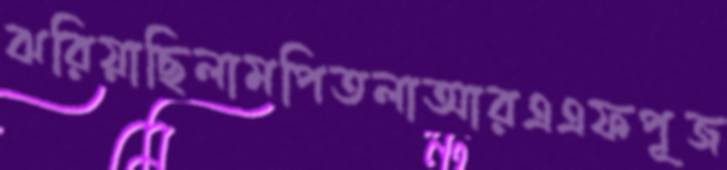
ঝরিয়াছিলামপিতলাআরএএফপূজ